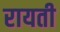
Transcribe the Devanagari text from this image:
रायती